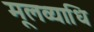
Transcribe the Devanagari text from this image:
मूलव्याधि